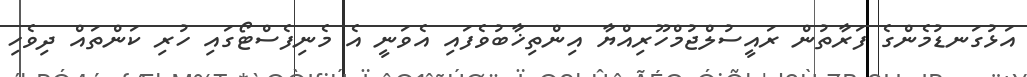
އަޅުގަނޑުމެންގެ ފަރާތުން ރައީސުލްޖުމްހޫރިއްޔާ އިންތިޚާބުވެފައި އެވަނީ އެ މެނިފެސްޓޯގައި ހުރި ކަންތައް ދިވެހި